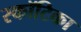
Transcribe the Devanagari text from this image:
स्कॉटिका